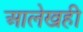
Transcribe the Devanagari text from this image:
आलेखही